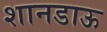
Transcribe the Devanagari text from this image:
शानडाऊ